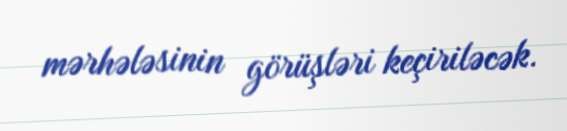
mərhələsinin görüşləri keçiriləcək.